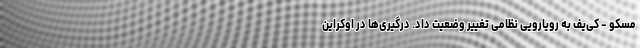
مسکو - کی‌یف به رویارویی نظامی تغییر وضعیت داد. درگیری‌ها در اوکراین